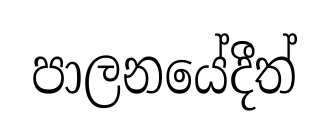
පාලනයේදීත්